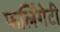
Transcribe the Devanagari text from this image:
फर्लिंगेटी